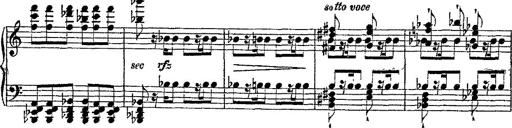
Title: Fantaisie romantique sur deux mÃ©lodies suisses
Composer: Franz Liszt